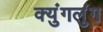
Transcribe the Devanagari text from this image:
क्युंगलुंग